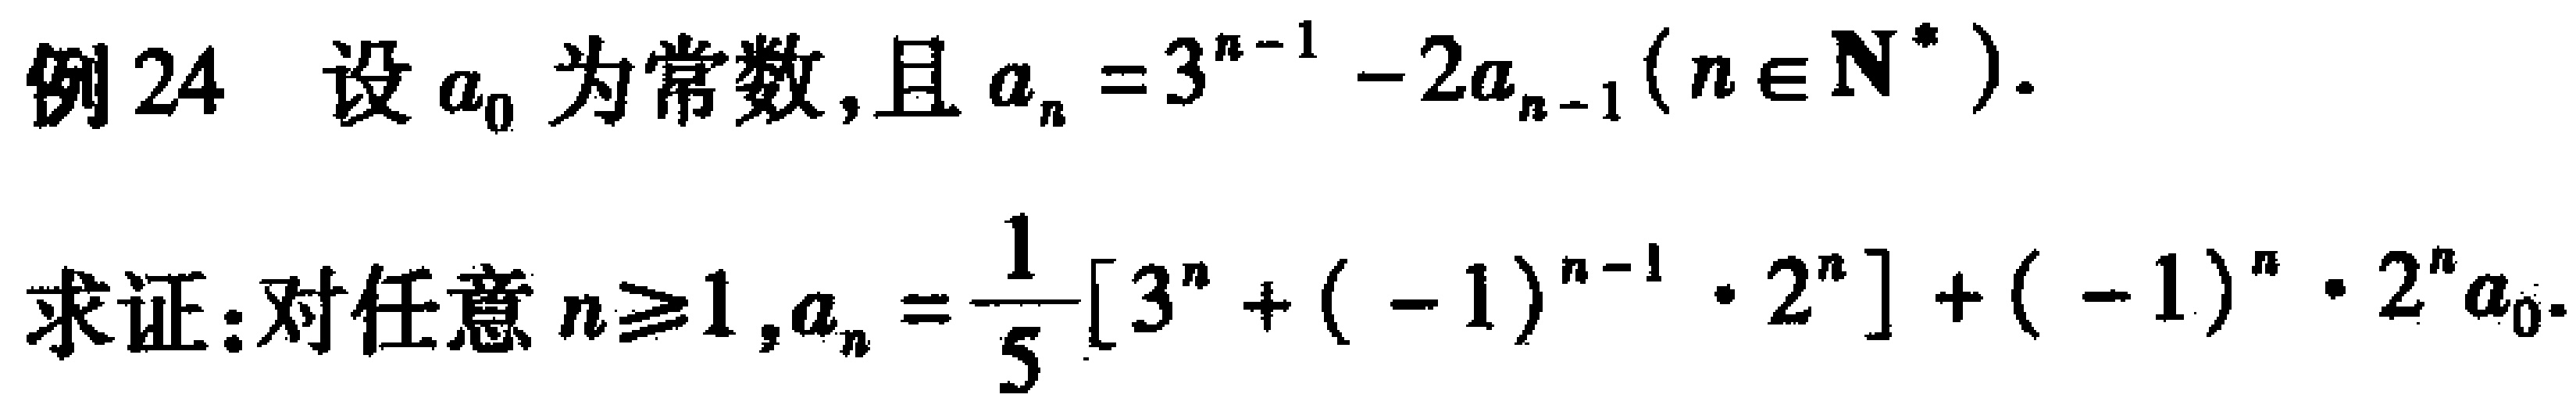
例24 设\(a_{0}\)为常数,且\(a_{n}=3^{n - 1}-2a_{n - 1}(n\in\mathbf{N}^{*})\).

求证:对任意\(n\geq1\),\(a_{n}=\frac{1}{5}[3^{n}+(-1)^{n - 1}\cdot2^{n}]+(-1)^{n}\cdot2^{n}a_{0}\).